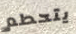
يتحطم